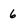
Character: 6